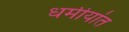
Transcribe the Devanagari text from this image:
धर्मीयांत